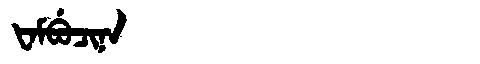
Manchu: ᡶᠠᠮᠪᡠᠴᡳᠨᠠ
Romanization: FAMBUCINA